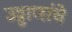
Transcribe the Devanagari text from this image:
उड्डाणांचे